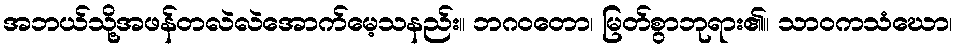
အဘယ်သို့အဖန်တလဲလဲအောက်မေ့သနည်း။ ဘဂဝတော၊ မြတ်စွာဘုရား၏။ သာဝကသံဃော၊